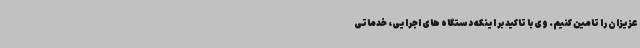
عزیزان را تامین کنیم. وی با تاکید بر اینکه دستگاه های اجرایی، خدماتی